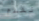
نقدم